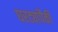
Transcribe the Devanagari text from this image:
घरट्यांपैकी